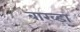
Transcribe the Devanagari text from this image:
बाख्डा